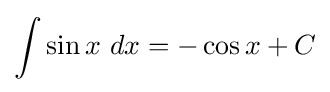
\int \sin {x}\ dx=-\cos {x}+C